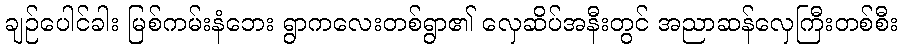
ချဉ်ပေါင်ခါး မြစ်ကမ်းနံဘေး ရွာကလေးတစ်ရွာ၏ လှေဆိပ်အနီးတွင် အညာဆန်လှေကြီးတစ်စီး